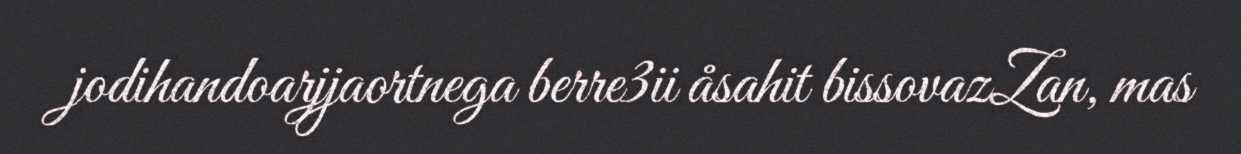
jodihandoarjjaortnega berre3ii åsahit bissovazZan, mas